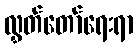
လွှတ်တော်ရေးရာ